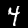
Digit: 4